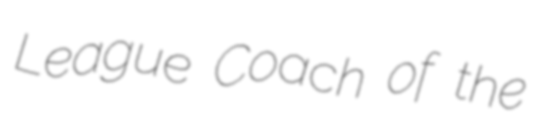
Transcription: League Coach of the